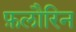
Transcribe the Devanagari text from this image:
फ़लौरिन